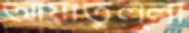
আয়াতুল্লা